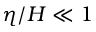
\eta / H \ll 1